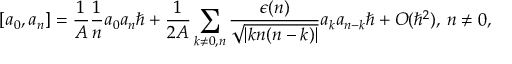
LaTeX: [ a _ { 0 } , a _ { n } ] = { \frac { 1 } { A } } { \frac { 1 } { n } } a _ { 0 } a _ { n } \hbar + { \frac { 1 } { 2 A } } \sum _ { k \ne 0 , n } { \frac { \epsilon ( n ) } { \sqrt { | k n ( n - k ) | } } } a _ { k } a _ { n - k } \hbar + O ( \hbar ^ { 2 } ) , \, n \ne 0 ,